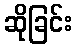
ဆိုခြင်း